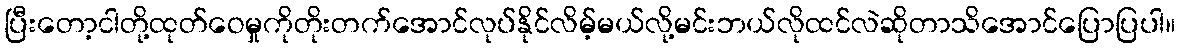
ပြီးတော့ငါတို့ထုတ်ဝေမှုကိုတိုးတက်အောင်လုပ်နိုင်လိမ့်မယ်လို့မင်းဘယ်လိုထင်လဲဆိုတာသိအောင်ပြောပြပါ။